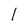
Character: l